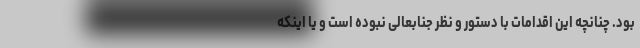
بود. چنانچه این اقدامات با دستور و نظر جنابعالی نبوده است و یا اینکه